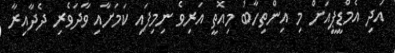
އަދި އެމްޑީޕީއަށް މި އިންތިހާބު މިއޮތީ އަރިވެ ނިމިފައި ކަމަށާއި ވާދަވެރި ދެދާއިރާ